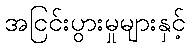
အငြင်းပွားမှုများနှင့်